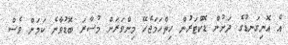
އެ އޮނިގަނޑުގެ ދަށުން ޑޮކްޓަރުން ހިތްހަމަޖެހޭ މިންވަރަށް މުސާރަ ބޮޑުވާނެ ކަމަށް ވެސް